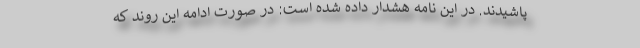
پاشیدند. در این نامه هشدار داده شده است: در صورت ادامه این روند که